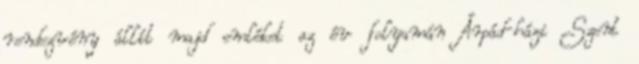
rendezvény állít majd emléket az év folyamán Árpád-házi Szent